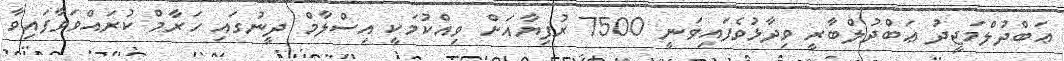
ޢަބްދުލްމަޖީދު ޢަބްދުލްބާރީ ވިދާޅުވެފައިވަނީ 7500 ރުފިޔާއަށް ވިއްކުމަކީ އިސްލާމް ދީނުގައި ހަރާމް ކުރައްވަވާފައިވާ